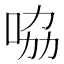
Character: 𠱿